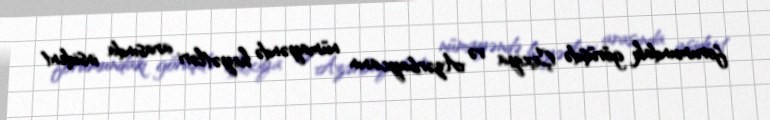
forumundakı görüşdə Çexiya və Azərbaycanın nümayəndə heyətləri arasında insident